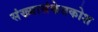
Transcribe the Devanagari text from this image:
संख्यासंकेतकोश